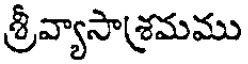
శ్రీవ్యాసాశ్రమము